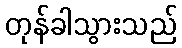
တုန်ခါသွားသည်